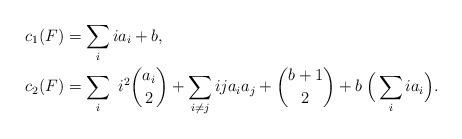
LaTeX: \begin{align*} &c_1(F)=\sum_{i}ia_i+b,\\ &c_2(F)= \sum_i\ i^2{{a_i}\choose{2}}+\sum_{i\neq j} i j a_ia_j+{{b+1}\choose{2}}+b\:\Big{(}\sum_iia_i\Big{)}.\end{align*}